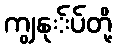
ကျွနု်ပ်တို့